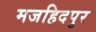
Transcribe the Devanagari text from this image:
मजहिदपुर